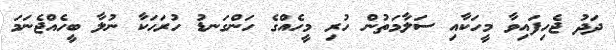
ދަދު ޖެހިފައިވާ މީހަކާއި ސަލާމަތުން ހުރި މީހެއްގެ ހަންގަނޑު ހުރަހަކާ ނުލާ ބީހެއްޖެނަމަ